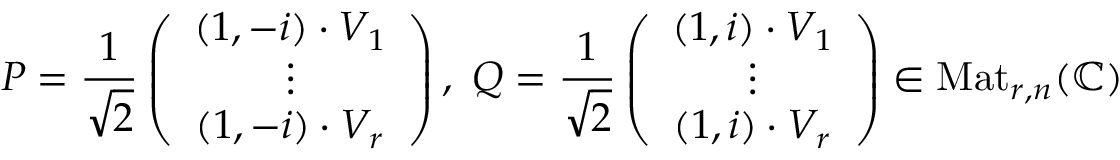
P = \frac { 1 } { \sqrt { 2 } } \left( \begin{array} { c } { ( 1 , - i ) \cdot V _ { 1 } } \\ { \vdots } \\ { ( 1 , - i ) \cdot V _ { r } } \end{array} \right) , \ Q = \frac { 1 } { \sqrt { 2 } } \left( \begin{array} { c } { ( 1 , i ) \cdot V _ { 1 } } \\ { \vdots } \\ { ( 1 , i ) \cdot V _ { r } } \end{array} \right) \in \mathrm { M a t } _ { r , n } ( \mathbb C )